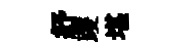
紓躞堪